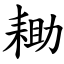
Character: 耡